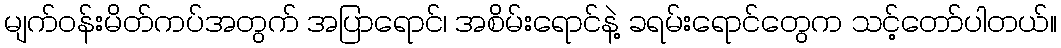
မျက်ဝန်းမိတ်ကပ်အတွက် အပြာရောင်၊ အစိမ်းရောင်နဲ့ ခရမ်းရောင်တွေက သင့်တော်ပါတယ်။